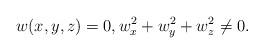
LaTeX: \begin{align*}w(x,y,z)=0, w_x^2+w_y^2+w_z^2\ne0.\end{align*}